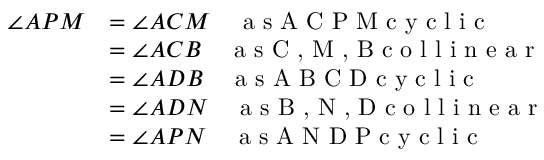
\begin{array} { r l } { \angle A P M } & { = \angle A C M \quad \textrm { a s A C P M c y c l i c } } \\ & { = \angle A C B \quad \textrm { a s C , M , B c o l l i n e a r } } \\ & { = \angle A D B \quad \textrm { a s A B C D c y c l i c } } \\ & { = \angle A D N \quad \textrm { a s B , N , D c o l l i n e a r } } \\ & { = \angle A P N \quad \textrm { a s A N D P c y c l i c } } \end{array}